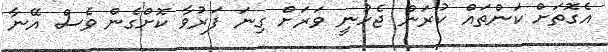
އެގޮތަށް ކަންތައް ކުރަން ޖެހުނީ ވަރަށް ގިނަ ފަރުވާ ކޮށްގެން ވެސް އޭނާ